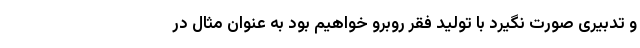
و تدبیری صورت نگیرد با تولید فقر روبرو خواهیم بود به عنوان مثال در